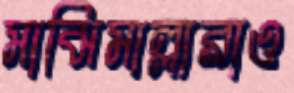
মাঝিমাল্লারাও